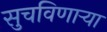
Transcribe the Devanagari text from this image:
सुचविणाऱ्या